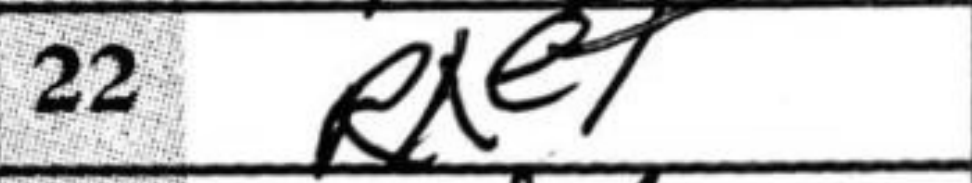
Transcription: Rxe7